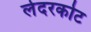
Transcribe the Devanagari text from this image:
लेदरकोट